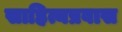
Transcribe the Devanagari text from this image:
साहित्यप्रवास